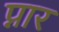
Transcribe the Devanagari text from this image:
प्नार